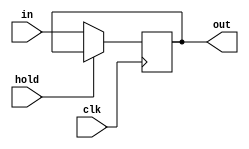
module delay_8b(clk, hold, in, out);
  
  input clk, hold;
  input [7:0] in;
  output reg [7:0] out;
  
  always @(posedge clk) begin
    if (!hold) out <= in;
  end

endmodule

module delay_1b(clk, hold, in, out);
  
  input clk, hold;
  input in;
  output reg out;
  
  always @(posedge clk) begin
   if (!hold) out <= in;
  end

endmodule